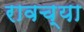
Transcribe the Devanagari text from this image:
रावच्या